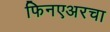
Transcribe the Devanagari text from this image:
फिनएअरचा